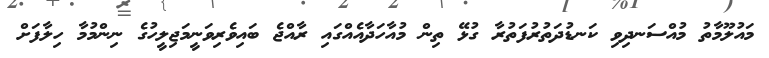
މައުލޫމާތު މުއްސަނދިވި ކަނޑުދަތުރުފަތުރާ ގުޅޭ ތިން މުއާހަދާއެއްގައި ރާއްޖެ ބައިވެރިވަނީމަޖިލީހުގެ ނިންމުމާ ހިލާފަށް